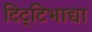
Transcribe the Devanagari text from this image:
टिट्‌टिभाद्या